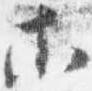
等